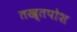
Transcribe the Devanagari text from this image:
तख़्तपोश